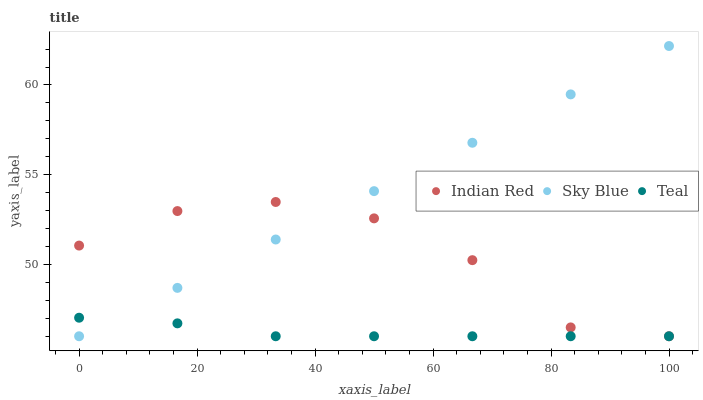
| xaxis_label | Indian Red | Sky Blue | Teal |
 | --- | --- | --- | --- |
 | 0 | 51.1 | 46 | 47 |
 | 16.7 | 53 | 48.7 | 46.7 |
 | 33.3 | 53.5 | 51.4 | 46 |
 | 50 | 52.6 | 54.1 | 46 |
 | 66.7 | 50.2 | 56.8 | 46 |
 | 83.3 | 46.5 | 59.5 | 46 |
 | 100 | 46 | 62.2 | 46 |